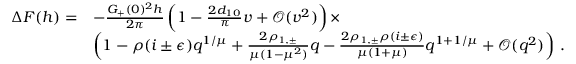
\begin{array} { r l } { \Delta F ( h ) = } & { - \frac { G _ { + } ( 0 ) ^ { 2 } h } { 2 \pi } \left( 1 - \frac { 2 d _ { 1 0 } } { \pi } v + \mathcal { O } ( v ^ { 2 } ) \right) \times } \\ & { \left( 1 - \rho ( i \pm \epsilon ) q ^ { 1 / \mu } + \frac { 2 \rho _ { 1 , \pm } } { \mu ( 1 - \mu ^ { 2 } ) } q - \frac { 2 \rho _ { 1 , \pm } \rho ( i \pm \epsilon ) } { \mu ( 1 + \mu ) } q ^ { 1 + 1 / \mu } + \mathcal { O } ( q ^ { 2 } ) \right) \, . } \end{array}